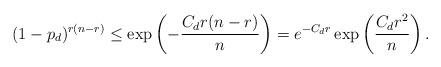
LaTeX: \begin{align*}(1-p_d)^{r(n-r)} \leq \exp\left(-\frac{C_dr(n-r)}{n}\right) = e^{-C_dr}\exp\left(\frac{C_dr^2}{n}\right).\end{align*}